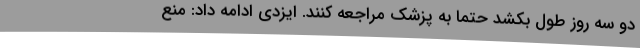
دو سه روز طول بکشد حتما به پزشک مراجعه کنند. ایزدی ادامه داد: منع